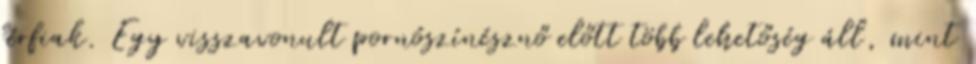
férfiak. Egy visszavonult pornószínésznő előtt több lehetőség áll, mint